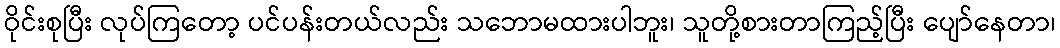
ဝိုင်းစုပြီး လုပ်ကြတော့ ပင်ပန်းတယ်လည်း သဘောမထားပါဘူး၊ သူတို့စားတာကြည့်ပြီး ပျော်နေတာ၊